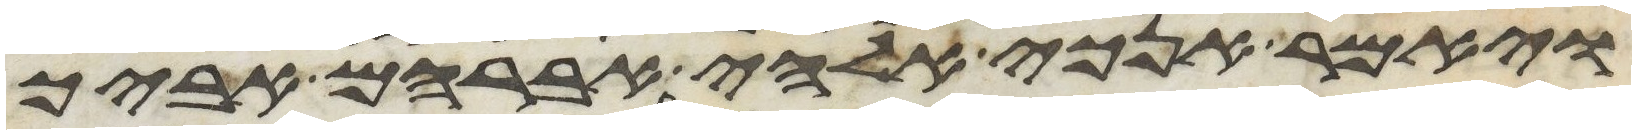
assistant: ויאמר אנכי אלהי אברהם אביך